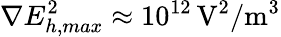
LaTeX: \nabla E_{h,max}^{2}\approx 10^{12}\, \mathrm{V^{2}/m^{3}}